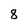
Character: 8